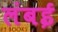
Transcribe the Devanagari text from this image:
लंबई